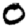
Digit: 0